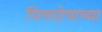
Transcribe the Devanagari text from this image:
पित्तदोषाच्या